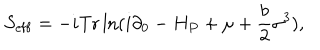
LaTeX: S _ { \mathrm { e f f } } = - i \mathrm { T r } \ln ( i \partial _ { 0 } - H _ { P } + \mu + \frac { b } { 2 } \sigma ^ { 3 } ) ,